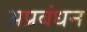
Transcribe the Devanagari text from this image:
अप्रबंधन